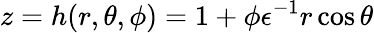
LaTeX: z=h(r,\theta,\phi)=1+\phi\epsilon^{-1}r\cos\theta